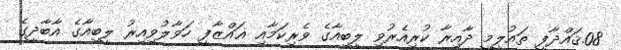
08.ޤައްޛާފީ ތައުލީމީ ދާއިރާ ކުރިއެރުވި ލީބިއާގެ ވެރިކަމާއި ޣައްޒާފީ ހަވާލުވިއިރު ލީބިއާގެ އާބާދީގެ